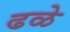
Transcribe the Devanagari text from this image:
ढळे